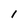
Character: I